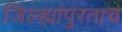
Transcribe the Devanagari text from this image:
जिल्ह्यांपुरताच